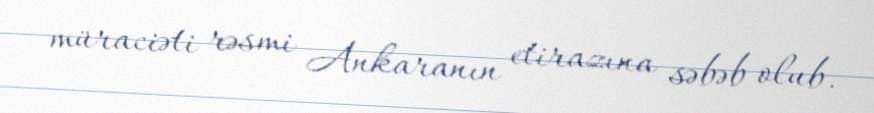
müraciəti rəsmi Ankaranın etirazına səbəb olub.